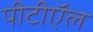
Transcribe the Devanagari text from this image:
पीटीऍल